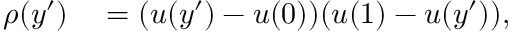
\begin{array} { r l } { \rho ( y ^ { \prime } ) } & { { } = ( u ( y ^ { \prime } ) - u ( 0 ) ) ( u ( 1 ) - u ( y ^ { \prime } ) ) , } \end{array}